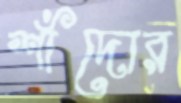
শাঁদোর